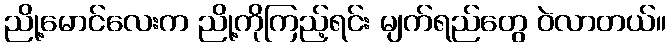
ညို့မောင်လေးက ညို့ကိုကြည့်ရင်း မျက်ရည်တွေ ဝဲလာတယ်။